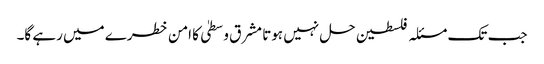
جب تک مسئلہ فلسطین حل نہیں ہوتا مشرق وسطیٰ کا امن خطرے میں رہے گا۔